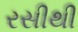
રસીથી